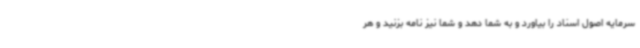
سرمایه اصول اسناد را بیاورد و به شما دهد و شما نیز نامه بزنید و هر